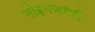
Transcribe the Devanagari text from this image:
गोइगणांची